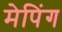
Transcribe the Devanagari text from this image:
मेपिंग